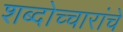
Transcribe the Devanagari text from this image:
शब्दोच्चारांचे